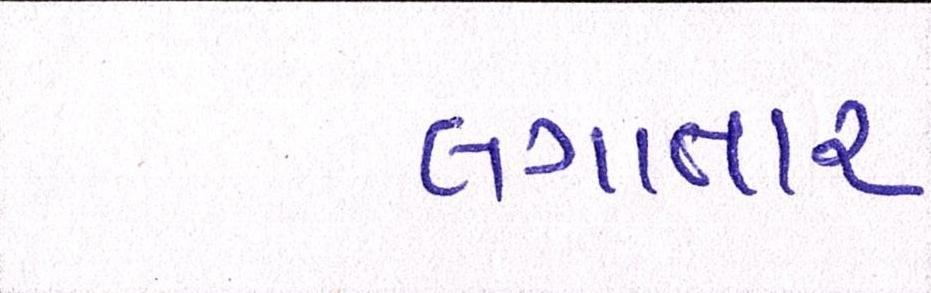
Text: લગાતાર